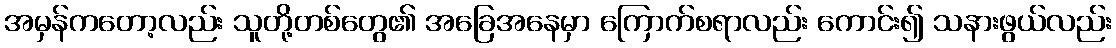
အမှန်ကတော့လည်း သူတို့တစ်တွေ၏ အခြေအနေမှာ ကြောက်စရာလည်း ကောင်း၍ သနားဖွယ်လည်း